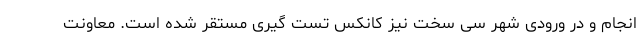
انجام و در ورودی شهر سی سخت نیز کانکس تست گیری مستقر شده است. معاونت